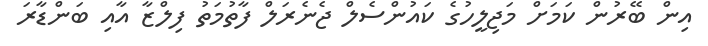
އިން ބޭރުން ކަމަށް މަޖިލީހުގެ ކައުންސެލް ޖެނެރަލް ފާތުމަތު ފިލްޒާ އާއި ބަންޑާރަ